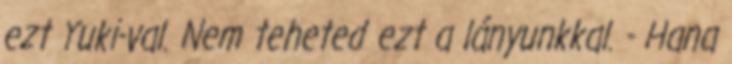
ezt Yuki-val. Nem teheted ezt a lányunkkal. - Hana